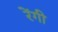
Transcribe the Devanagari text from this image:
रेंगी